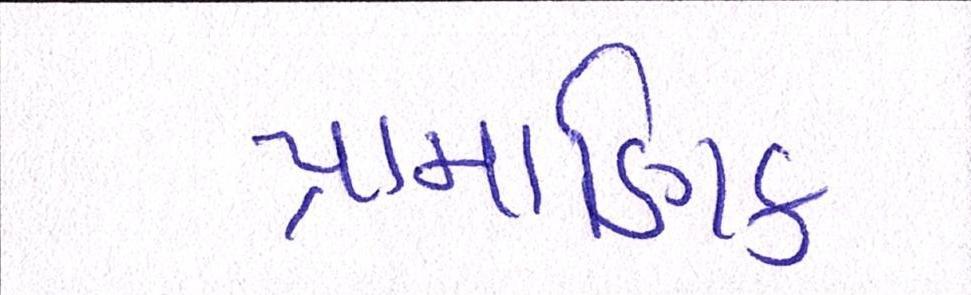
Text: પ્રામાણિક